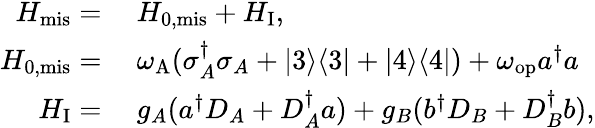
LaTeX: \begin{array}{rl}{H_{\mathrm{mis}}=}&{{}~H_{\mathrm{0,mis}}+H_{\mathrm{I}},}\\ {H_{\mathrm{0,mis}}=}&{{}~\omega_{\mathrm{A}}(\sigma_{A}^{\dagger}\sigma_{A}+|3\rangle\langle 3|+|4\rangle\langle 4|)+\omega_{\mathrm{op}}a^{\dagger}a}\\ {H_{\mathrm{I}}=}&{{}~g_{A}(a^{\dagger}D_{A}+D_{A}^{\dagger}a)+g_{B}(b^{\dagger}D_{B}+D_{B}^{\dagger}b),}\end{array}